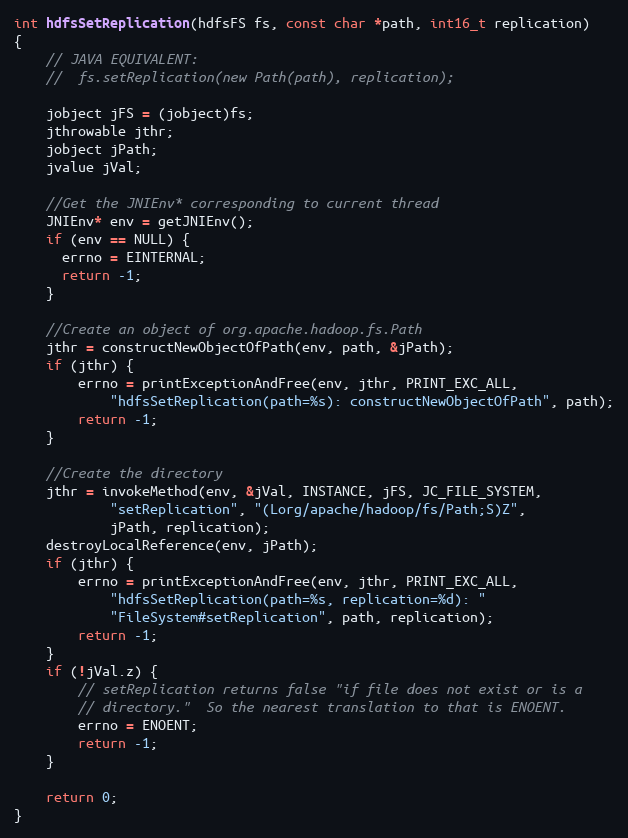
Language: C
int hdfsSetReplication(hdfsFS fs, const char *path, int16_t replication)
{
    // JAVA EQUIVALENT:
    //  fs.setReplication(new Path(path), replication);

    jobject jFS = (jobject)fs;
    jthrowable jthr;
    jobject jPath;
    jvalue jVal;

    //Get the JNIEnv* corresponding to current thread
    JNIEnv* env = getJNIEnv();
    if (env == NULL) {
      errno = EINTERNAL;
      return -1;
    }

    //Create an object of org.apache.hadoop.fs.Path
    jthr = constructNewObjectOfPath(env, path, &jPath);
    if (jthr) {
        errno = printExceptionAndFree(env, jthr, PRINT_EXC_ALL,
            "hdfsSetReplication(path=%s): constructNewObjectOfPath", path);
        return -1;
    }

    //Create the directory
    jthr = invokeMethod(env, &jVal, INSTANCE, jFS, JC_FILE_SYSTEM,
            "setReplication", "(Lorg/apache/hadoop/fs/Path;S)Z",
            jPath, replication);
    destroyLocalReference(env, jPath);
    if (jthr) {
        errno = printExceptionAndFree(env, jthr, PRINT_EXC_ALL,
            "hdfsSetReplication(path=%s, replication=%d): "
            "FileSystem#setReplication", path, replication);
        return -1;
    }
    if (!jVal.z) {
        // setReplication returns false "if file does not exist or is a
        // directory."  So the nearest translation to that is ENOENT.
        errno = ENOENT;
        return -1;
    }

    return 0;
}